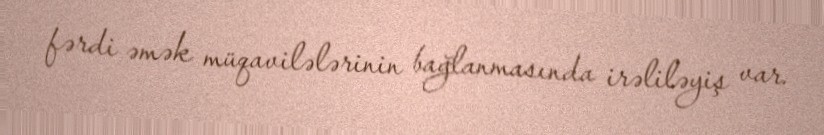
fərdi əmək müqavilələrinin bağlanmasında irəliləyiş var.